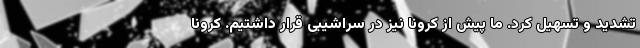
تشدید و تسهیل کرد. ما پیش از کرونا نیز در سراشیبی قرار داشتیم. کرونا